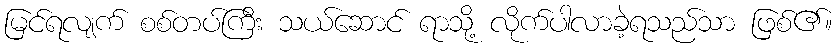
မြင်ရလျက် စစ်တပ်ကြီး သယ်ဆောင် ရာသို့ လိုက်ပါလာခဲ့ရသည်သာ ဖြစ်၏။